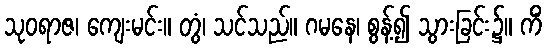
သုဝရာဇ၊ ကျေးမင်း။ တွံ၊ သင်သည်။ ဂမနေ၊ စွန့်၍ သွားခြင်း၌။ ကိံ